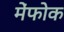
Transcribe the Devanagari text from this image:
मेंफोक